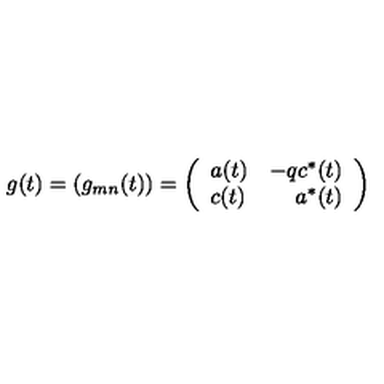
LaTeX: g ( t ) = ( g _ { m n } ( t ) ) = \left( \begin{array} { l r } { a ( t ) } & { - q c ^ { * } ( t ) } \\ { c ( t ) } & { a ^ { * } ( t ) } \\ \end{array} \right)